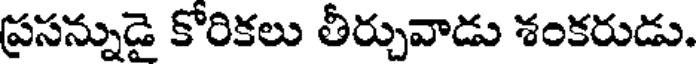
ప్రసన్నుడై కోరికలు తీర్చువాడు శంకరుడు.